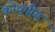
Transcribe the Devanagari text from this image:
कोथुमीय